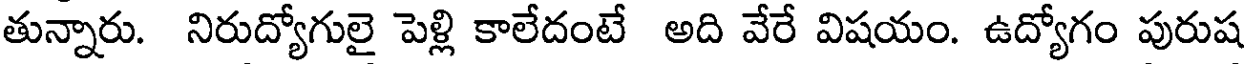
తున్నారు. నిరుద్యోగులై పెళ్లి కాలేదంటే అది వేరే విషయం. ఉద్యోగం పురుష